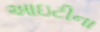
આઇટીના